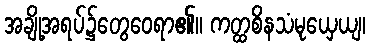
အချို့အရပ်၌တွေဝေရာ၏။ ကတ္ထစိနသံမုယှေယျ၊